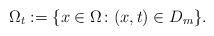
LaTeX: \begin{align*} \Omega_t:=\{x\in\Omega\colon(x,t)\in D_m\}.\end{align*}